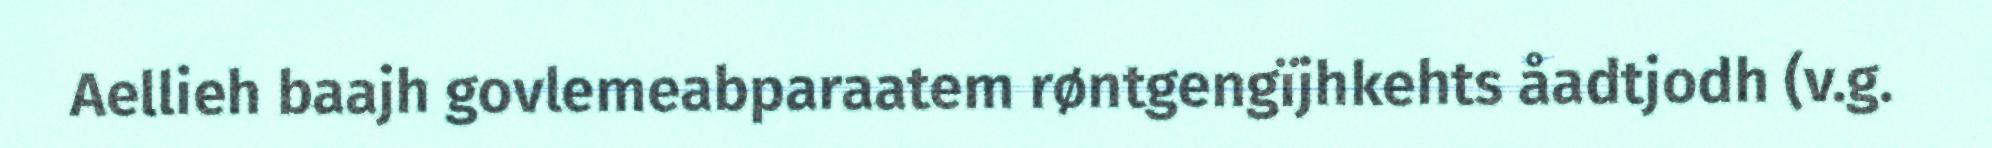
Aellieh baajh govlemeabparaatem røntgengïjhkehts åadtjodh (v.g.